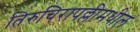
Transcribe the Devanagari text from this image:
तिरुचिरापल्लीमधील